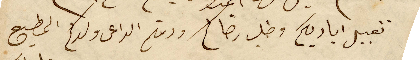
تقبيل اياديكم وطلب رضاكم ودمتم الداعى ولدكم المطيع